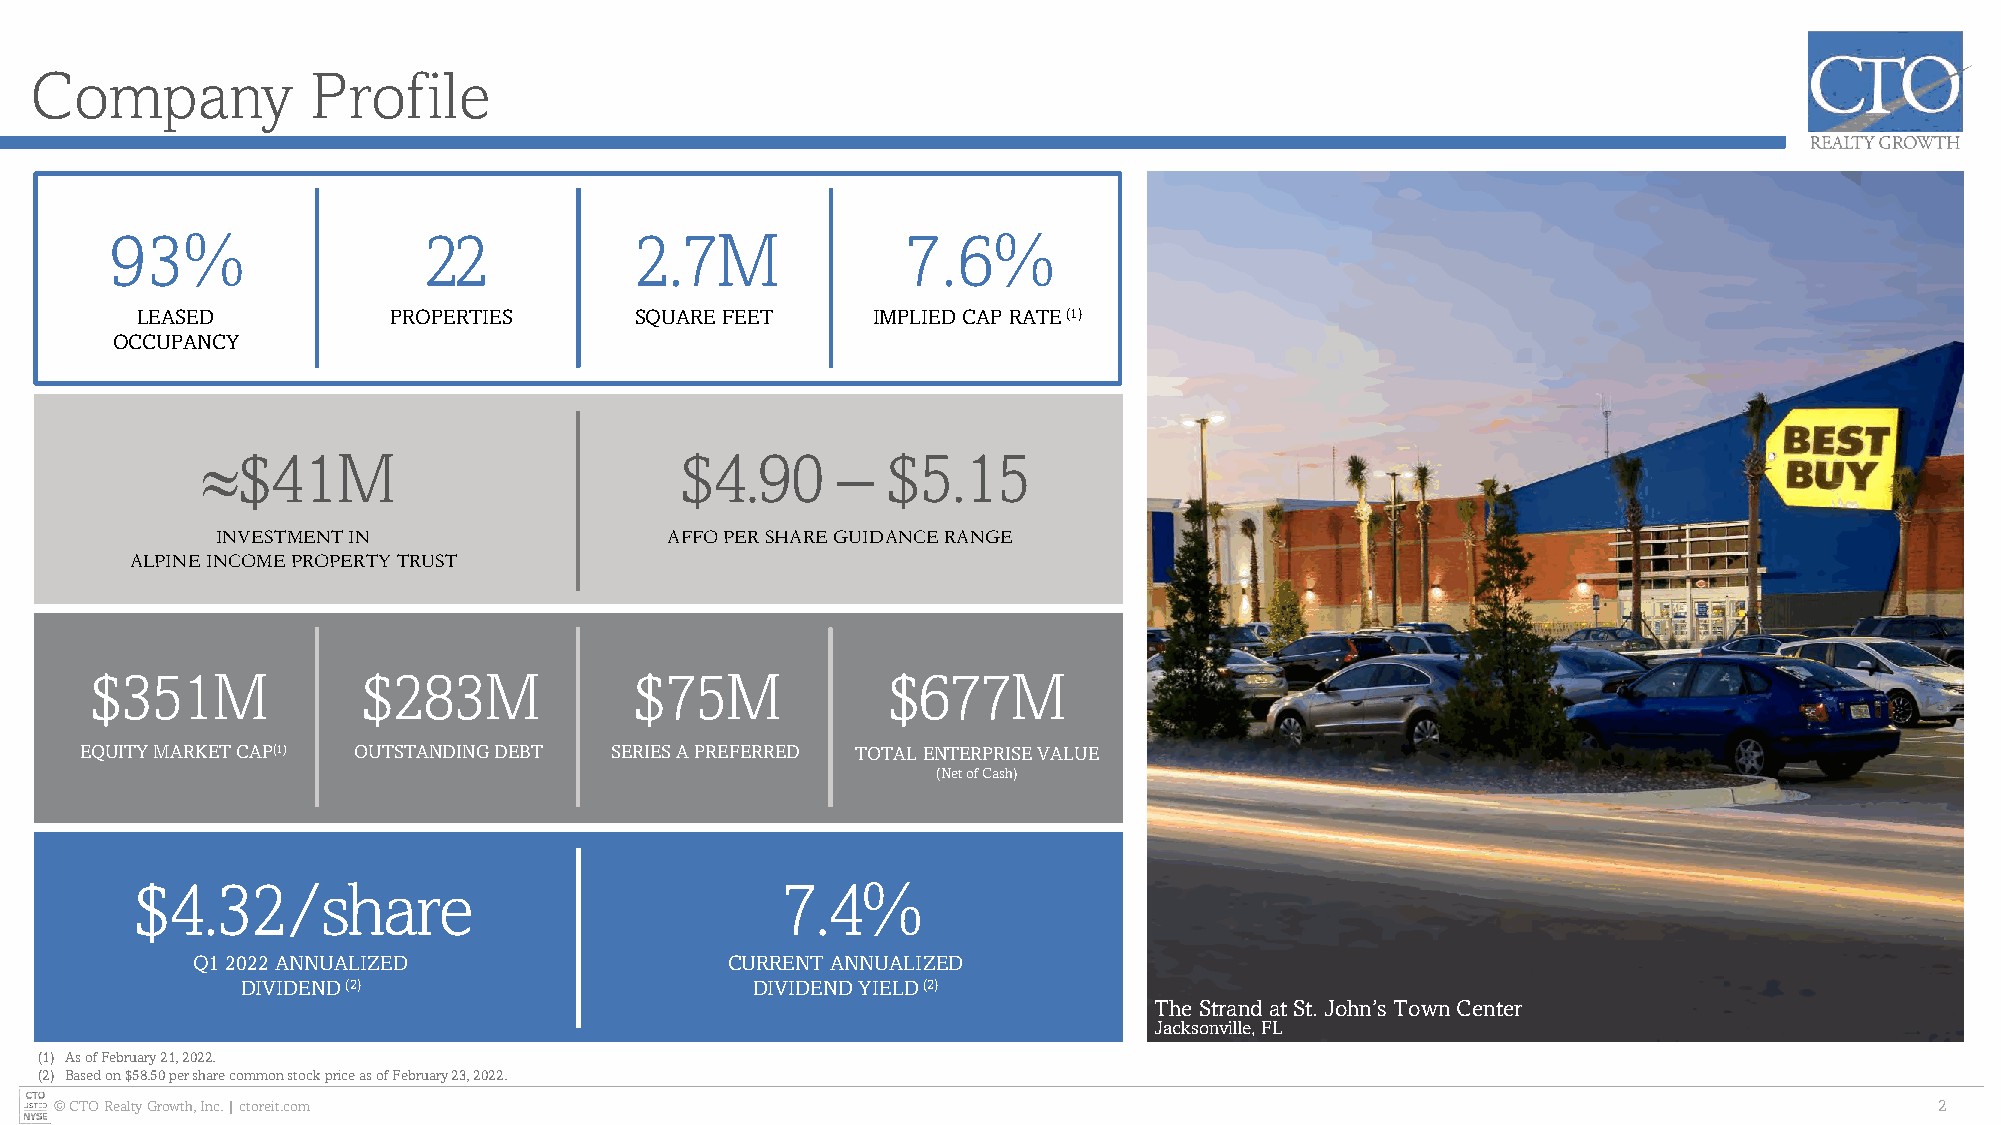
Company            Profile
 93%                  22            2.7M              7.6%
 LEASED           PROPERTIES      SQUARE FEET     IMPLIED CAP RATE(1)
 OCCUPANCY
 $41M                           $4.90     –   $5.15
 INVESTMENT IN                 AFFO PER SHARE GUIDANCE RANGE
 ALPINE INCOME PROPERTY TRUST
 $351M             $283M             $75M             $677M
 EQUITY MARKET CAP(1) OUTSTANDING DEBT SERIES A PREFERRED TOTAL ENTERPRISE VALUE
 (Net of Cash)
 $4.32/share                                7.4%
 Q1 2022 ANNUALIZED                 CURRENT ANNUALIZED
 DIVIDEND(2)                       DIVIDEND YIELD(2)
 The Strand at St. John’s Town Center
 Jacksonville, FL
 (1) As of February 21, 2022.
 (2) Based on $58.50 per share common stock price as of February 23, 2022.
 © CTO Realty Growth, Inc. | ctoreit.com                                                                                     2